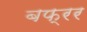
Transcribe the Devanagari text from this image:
बफ्रर